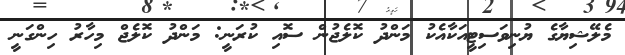
މެލޭޝިޔާގެ ޔުނިވަސިޓީއަކާއެކު މަންދު ކޮލެޖުން ސޮއި ކުރަނީ: މަންދު ކޮލެޖް މިހާރު ހިންގަނީ